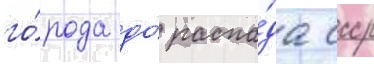
го́рода до́ распа́да ссср